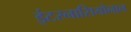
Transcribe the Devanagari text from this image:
इंटरनासियोनाल